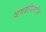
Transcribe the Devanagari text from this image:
जगप्रसिध्दीस